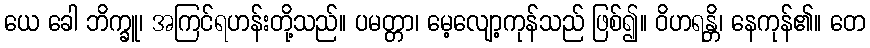
ယေ ခေါ ဘိက္ခူ၊ အကြင်ရဟန်းတို့သည်။ ပမတ္တာ၊ မေ့လျော့ကုန်သည် ဖြစ်၍။ ဝိဟရန္တိ၊ နေကုန်၏။ တေ